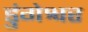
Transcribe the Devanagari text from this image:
डुंगेश्वर